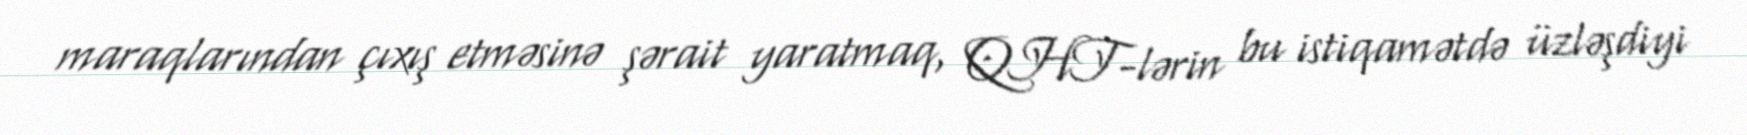
maraqlarından çıxış etməsinə şərait yaratmaq, QHT-lərin bu istiqamətdə üzləşdiyi